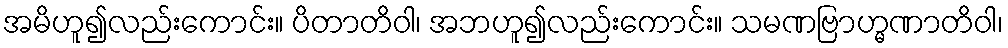
အမိဟူ၍လည်းကောင်း။ ပိတာတိဝါ၊ အဘဟူ၍လည်းကောင်း။ သမဏဗြာဟ္မဏာတိဝါ၊